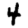
Digit: 4